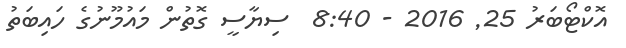
އޮކްޓޯބަރު 25